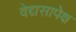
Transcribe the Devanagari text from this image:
वेद्यसापेक्ष